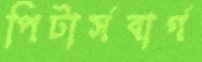
পিটার্সবার্গ